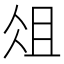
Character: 俎